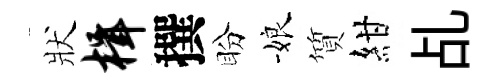
狀楫撰盼娘質紺乩